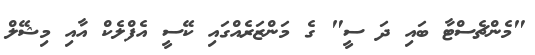
"މެންޗެސްޓާ ބައި ދަ ސީ" ގެ މަންޒަރެއްގައި ކޭސީ އެފްލެކް އާއި މިޝޭލް